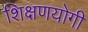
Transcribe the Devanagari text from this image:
शिक्षणयोगी